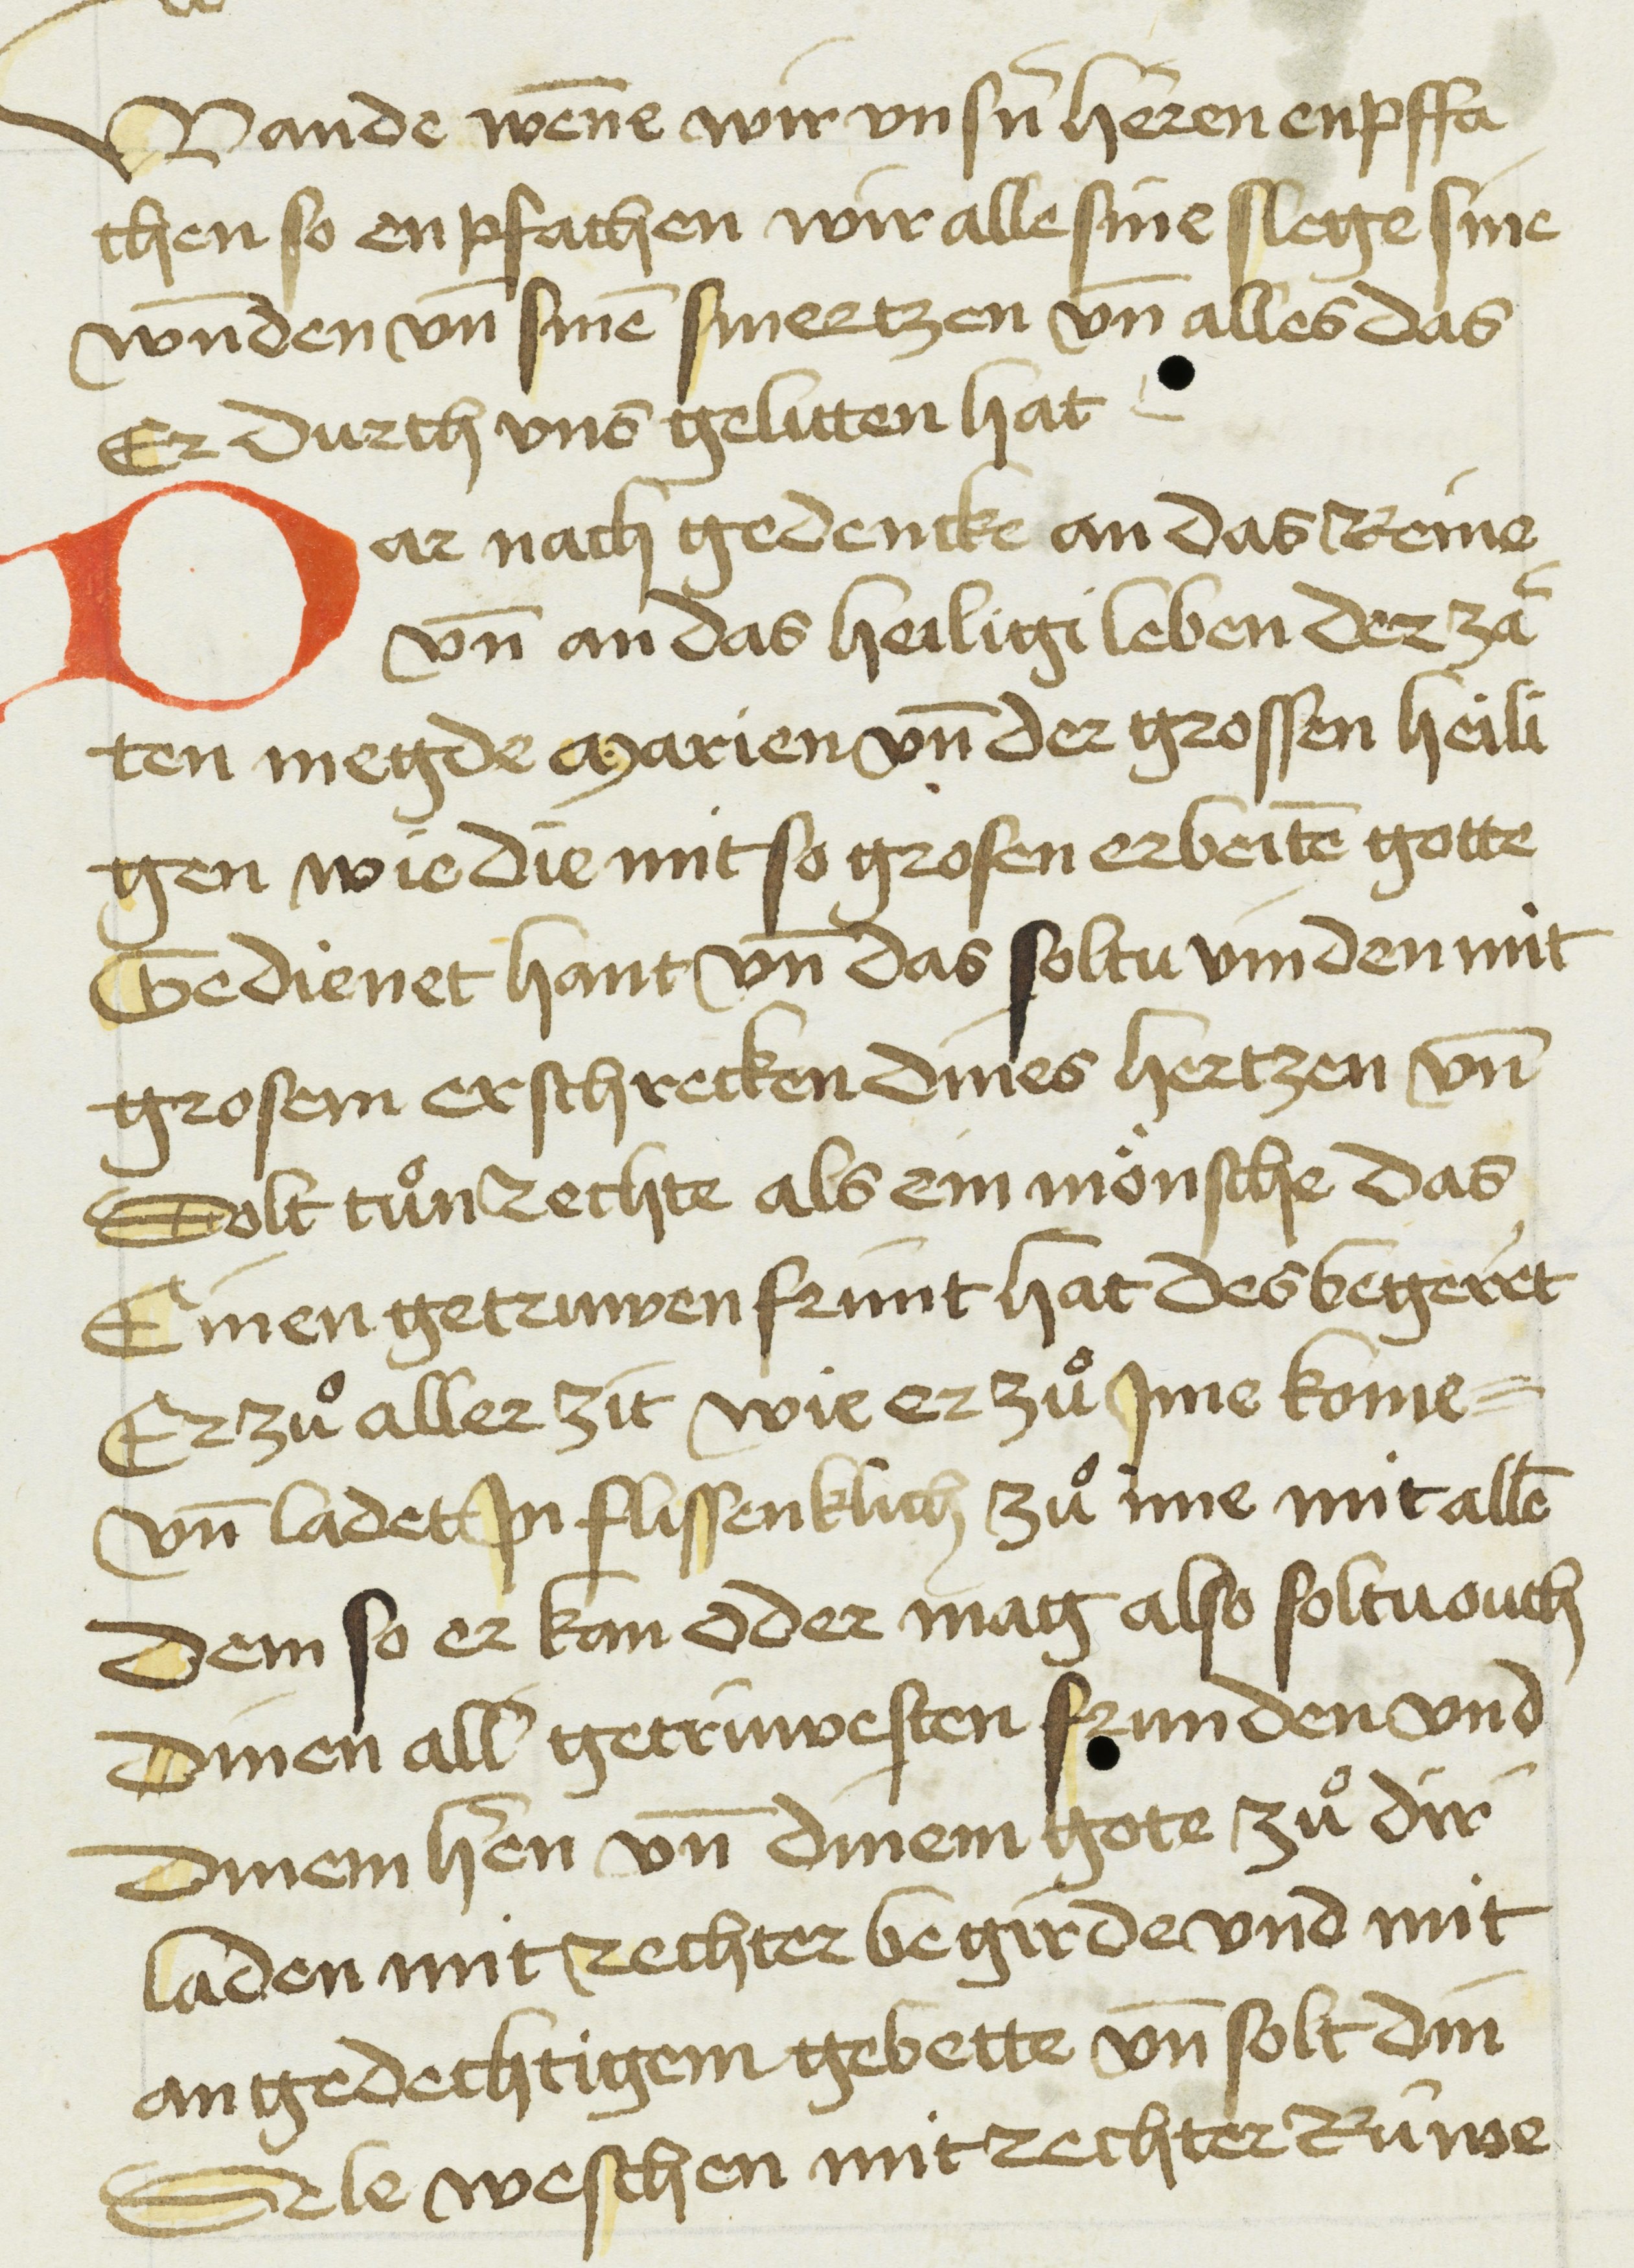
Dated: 1450–1499